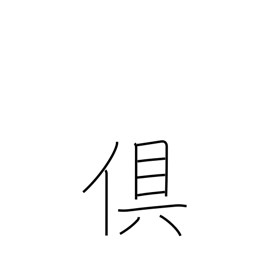
Meaning: both